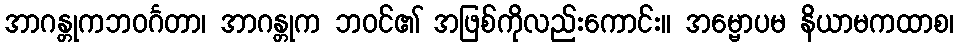
အာဂန္တုကဘဝင်္ဂတာ၊ အာဂန္တုက ဘဝင်၏ အဖြစ်ကိုလည်းကောင်း။ အမ္ဗောပမ နိယာမကထာစ၊